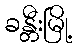
ခန္တီးမြို့